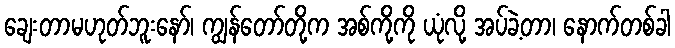
ချေးတာမဟုတ်ဘူးနော်၊ ကျွန်တော်တို့က အစ်ကို့ကို ယုံလို့ အပ်ခဲ့တာ၊ နောက်တစ်ခါ